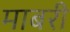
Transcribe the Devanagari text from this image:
माबरी